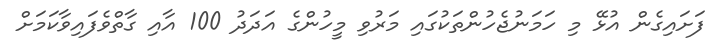
ފަށައިގެން އުޅޭ މި ހަމަނުޖެހުންތަކުގައި މަރުވި މީހުންގެ އަދަދު 100 އާއި ގާތްވެފައިވާކަމަށް